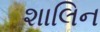
શાલિન